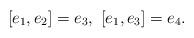
LaTeX: \begin{align*}[e_1,e_2]=e_3,\ [e_1,e_3]=e_4.\end{align*}